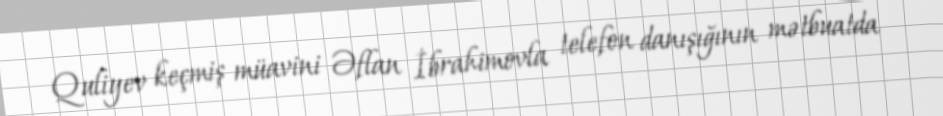
Quliyev keçmiş müavini Əflan İbrahimovla telefon danışığının mətbuatda